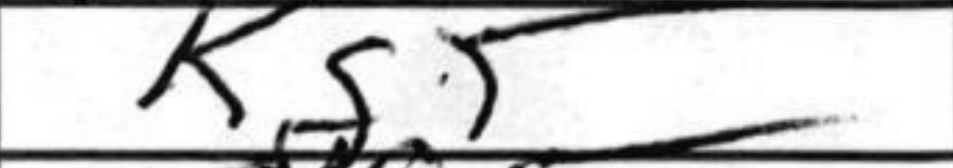
Transcription: Kg5